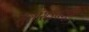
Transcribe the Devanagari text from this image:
मुलांसउचलून